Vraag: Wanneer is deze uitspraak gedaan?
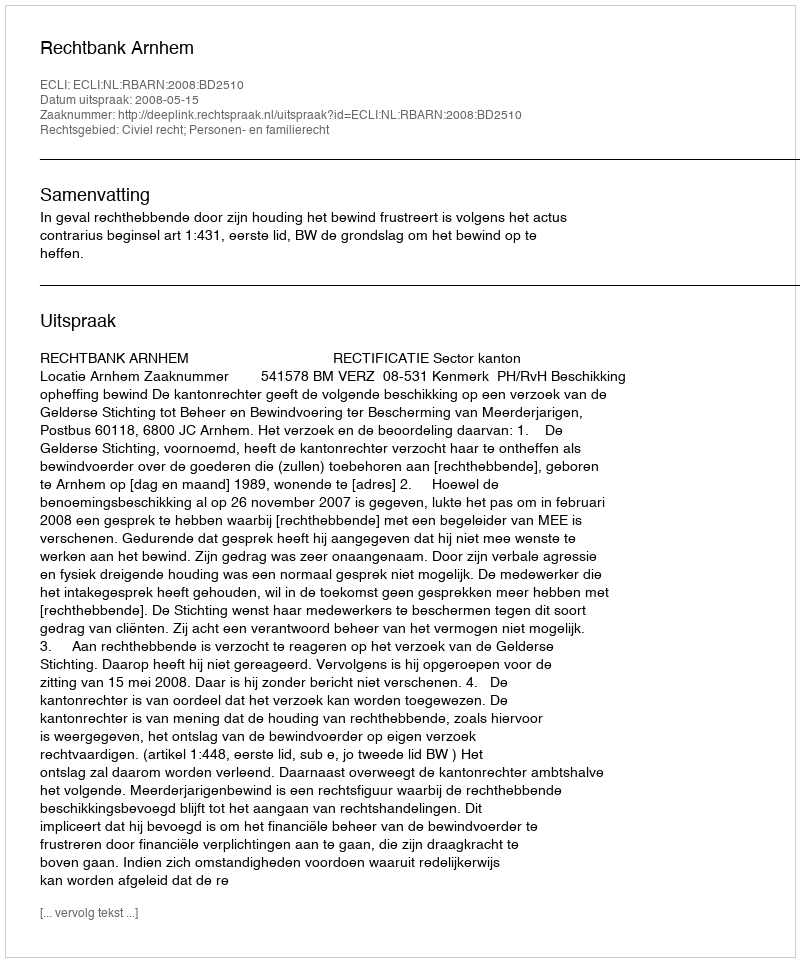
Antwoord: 2008-05-15